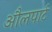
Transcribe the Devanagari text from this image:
औलपार्ट